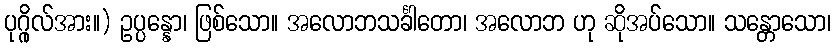
ပုဂ္ဂိုလ်အား။) ဥပ္ပန္နော၊ ဖြစ်သော။ အလောဘသင်္ခါတော၊ အလောဘ ဟု ဆိုအပ်သော။ သန္တောသော၊